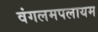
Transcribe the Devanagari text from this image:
वंगलमपलायम